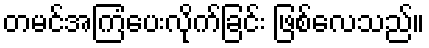
တမင်အကြံပေးလိုက်ခြင်း ဖြစ်လေသည်။